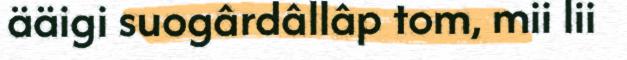
ääigi suogârdâllâp tom, mii lii